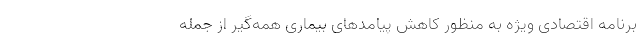
برنامه اقتصادی ویژه به منظور کاهش پیامدهای بیماری همه‌گیر از جمله